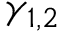
\gamma _ { 1 , 2 }